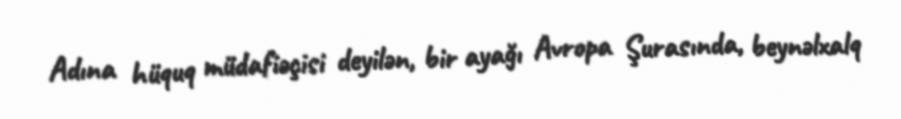
Adına hüquq müdafiəçisi deyilən, bir ayağı Avropa Şurasında, beynəlxalq